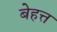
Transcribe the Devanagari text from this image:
बेहत्त